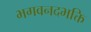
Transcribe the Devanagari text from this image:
भगवनदभक्ति